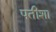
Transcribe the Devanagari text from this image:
पतीशा